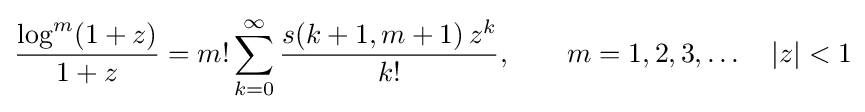
{\frac {\log ^{m}(1+z)}{1+z}}=m!\sum _{k=0}^{\infty }{\frac {s(k+1,m+1)\,z^{k}}{k!}},\qquad m=1,2,3,\ldots \quad |z|<1